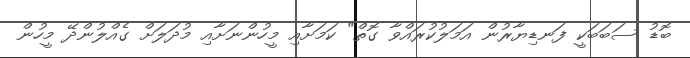
ބޮޑު ސަބަބަކީ ފަނޑިޔާރުން އަމަލުކުރައްވާ ގޮތް" ކަމަށާއި މީހުންނަށާއި މުދަލަށް ގެއްލުންދޭ މީހުން